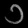
Digit: ၁